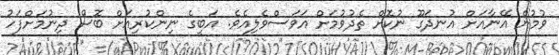
ވުމުން އޭނާއަށް އުނދަގޫ ނުކޮށް ތެދުވުމަށް އަވަސްވެލިއެވެ. އަބީގެ ނިންކުރިއަށް ބޮސް ދިނުމަށްފަހު